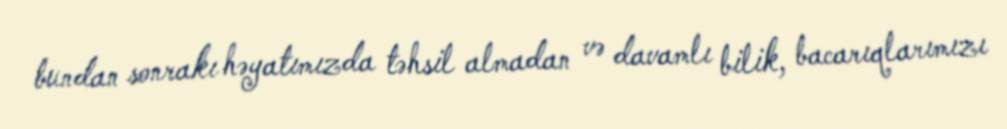
bundan sonrakı həyatımızda təhsil almadan və davamlı bilik, bacarıqlarımızı